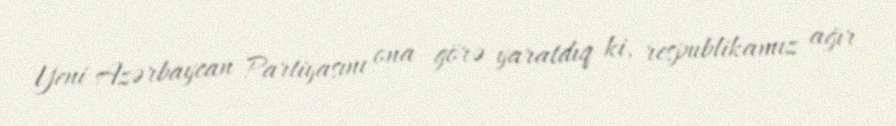
Yeni Azərbaycan Partiyasını ona görə yaratdıq ki, respublikamız ağır